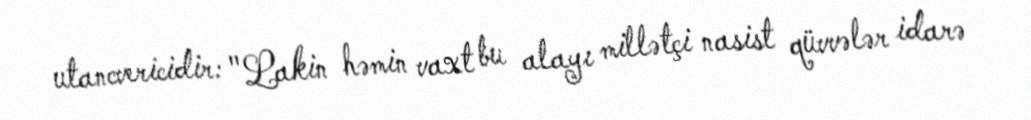
utancvericidir: "Lakin həmin vaxt bu alayı millətçi nasist qüvvələr idarə